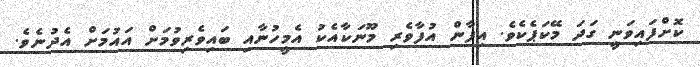
ކޮށްފައިވަނީ ގަދަ މޭކަޕެކެވެ. އިފާން އުފާވެރި މޫނަކާއެކު އެމީހުނާއި ބައިވެރިވުމަށް އައުމަށް އެދުނެވެ.